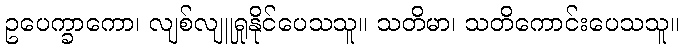
ဥပေက္ခာကော၊ လျစ်လျူရှုနိုင်ပေသသူ။ သတိမာ၊ သတိကောင်းပေသသူ။